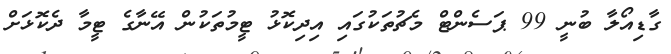
ގާޑިއޯލާ ބުނީ 99 ޕަސެންޓް މެޗުތަކުގައި އިދިކޮޅު ޓީމުތަކުން އޭނާގެ ޓީމާ ދެކޮޅަށް